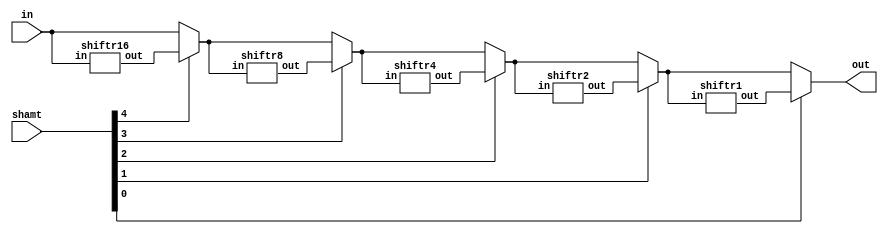
module sra(out, in, shamt);
    input [31:0] in;
    input [4:0] shamt;
    output [31:0] out;

    wire [31:0] p16, p8, p4, p2, p1; //wires coming out of shifters
    wire [31:0] m16, m8, m4, m2; //wires coming out of muxes

    shiftr16 shifter16(.out(p16), .in(in));
    assign m16 = shamt[4] ? p16 : in;

    shiftr8 shifter8(.out(p8), .in(m16));
    assign m8 = shamt[3] ? p8 : m16;

    shiftr4 shifter4(.out(p4), .in(m8));
    assign m4 = shamt[2] ? p4 : m8;

    shiftr2 shifter2(.out(p2), .in(m4));
    assign m2 = shamt[1] ? p2 : m4;

    shiftr1 shifter1(.out(p1), .in(m2));
    assign out = shamt[0] ? p1 : m2;

endmodule



module shiftr1(out, in);
    input [31:0] in;
    output [31:0] out;

    assign out[0] =  in[1];
    assign out[1] =  in[2];
    assign out[2] =  in[3];
    assign out[3] =  in[4];
    assign out[4] =  in[5];
    assign out[5] =  in[6];
    assign out[6] =  in[7];
    assign out[7] =  in[8];
    assign out[8] =  in[9];
    assign out[9] =  in[10];
    assign out[10] = in[11];
    assign out[11] = in[12];
    assign out[12] = in[13];
    assign out[13] = in[14];
    assign out[14] = in[15];
    assign out[15] = in[16];
    assign out[16] = in[17];
    assign out[17] = in[18];
    assign out[18] = in[19];
    assign out[19] = in[20];
    assign out[20] = in[21];
    assign out[21] = in[22];
    assign out[22] = in[23];
    assign out[23] = in[24];
    assign out[24] = in[25];
    assign out[25] = in[26];
    assign out[26] = in[27];
    assign out[27] = in[28];
    assign out[28] = in[29];
    assign out[29] = in[30];
    assign out[30] = in[31];
    assign out[31] = in[31];
endmodule

module shiftr2(out, in);
    input [31:0] in;
    output [31:0] out;

    assign out[0] =  in[2];
    assign out[1] =  in[3];
    assign out[2] =  in[4];
    assign out[3] =  in[5];
    assign out[4] =  in[6];
    assign out[5] =  in[7];
    assign out[6] =  in[8];
    assign out[7] =  in[9];
    assign out[8] =  in[10];
    assign out[9] =  in[11];
    assign out[10] = in[12];
    assign out[11] = in[13];
    assign out[12] = in[14];
    assign out[13] = in[15];
    assign out[14] = in[16];
    assign out[15] = in[17];
    assign out[16] = in[18];
    assign out[17] = in[19];
    assign out[18] = in[20];
    assign out[19] = in[21];
    assign out[20] = in[22];
    assign out[21] = in[23];
    assign out[22] = in[24];
    assign out[23] = in[25];
    assign out[24] = in[26];
    assign out[25] = in[27];
    assign out[26] = in[28];
    assign out[27] = in[29];
    assign out[28] = in[30];
    assign out[29] = in[31];
    assign out[30] = in[31];
    assign out[31] = in[31];
endmodule

module shiftr4(out, in);
    input [31:0] in;
    output [31:0] out;

    assign out[0] =  in[4];
    assign out[1] =  in[5];
    assign out[2] =  in[6];
    assign out[3] =  in[7];
    assign out[4] =  in[8];
    assign out[5] =  in[9];
    assign out[6] =  in[10];
    assign out[7] =  in[11];
    assign out[8] =  in[12];
    assign out[9] =  in[13];
    assign out[10] = in[14];
    assign out[11] = in[15];
    assign out[12] = in[16];
    assign out[13] = in[17];
    assign out[14] = in[18];
    assign out[15] = in[19];
    assign out[16] = in[20];
    assign out[17] = in[21];
    assign out[18] = in[22];
    assign out[19] = in[23];
    assign out[20] = in[24];
    assign out[21] = in[25];
    assign out[22] = in[26];
    assign out[23] = in[27];
    assign out[24] = in[28];
    assign out[25] = in[29];
    assign out[26] = in[30];
    assign out[27] = in[31];
    assign out[28] = in[31];
    assign out[29] = in[31];
    assign out[30] = in[31];
    assign out[31] = in[31];
endmodule

module shiftr8(out, in);
    input [31:0] in;
    output [31:0] out;

    assign out[0] =  in[8];
    assign out[1] =  in[9];
    assign out[2] =  in[10];
    assign out[3] =  in[11];
    assign out[4] =  in[12];
    assign out[5] =  in[13];
    assign out[6] =  in[14];
    assign out[7] =  in[15];
    assign out[8] =  in[16];
    assign out[9] =  in[17];
    assign out[10] = in[18];
    assign out[11] = in[19];
    assign out[12] = in[20];
    assign out[13] = in[21];
    assign out[14] = in[22];
    assign out[15] = in[23];
    assign out[16] = in[24];
    assign out[17] = in[25];
    assign out[18] = in[26];
    assign out[19] = in[27];
    assign out[20] = in[28];
    assign out[21] = in[29];
    assign out[22] = in[30];
    assign out[23] = in[31];
    assign out[24] = in[31];
    assign out[25] = in[31];
    assign out[26] = in[31];
    assign out[27] = in[31];
    assign out[28] = in[31];
    assign out[29] = in[31];
    assign out[30] = in[31];
    assign out[31] = in[31];
endmodule

module shiftr16(out, in);
    input [31:0] in;
    output [31:0] out;

    assign out[0] =  in[16];
    assign out[1] =  in[17];
    assign out[2] =  in[18];
    assign out[3] =  in[19];
    assign out[4] =  in[20];
    assign out[5] =  in[21];
    assign out[6] =  in[22];
    assign out[7] =  in[23];
    assign out[8] =  in[24];
    assign out[9] =  in[25];
    assign out[10] = in[26];
    assign out[11] = in[27];
    assign out[12] = in[28];
    assign out[13] = in[29];
    assign out[14] = in[30];
    assign out[15] = in[31];
    assign out[16] = in[31];
    assign out[17] = in[31];
    assign out[18] = in[31];
    assign out[19] = in[31];
    assign out[20] = in[31];
    assign out[21] = in[31];
    assign out[22] = in[31];
    assign out[23] = in[31];
    assign out[24] = in[31];
    assign out[25] = in[31];
    assign out[26] = in[31];
    assign out[27] = in[31];
    assign out[28] = in[31];
    assign out[29] = in[31];
    assign out[30] = in[31];
    assign out[31] = in[31];
endmodule